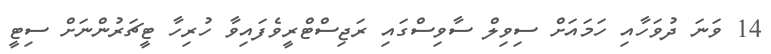
14 ވަނަ ދުވަހާއި ހަމައަށް ސިވިލް ސާވިސްގައި ރަޖިސްޓްރީވެފައިވާ ހުރިހާ ޓީޗަރުންނަށް ސިޓީ